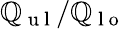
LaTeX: \mathbb{Q}_{\mathrm{{~u~l~}}}/\mathbb{Q}_{\mathrm{{~l~o~}}}